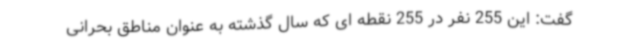
گفت: این 255 نفر در 255 نقطه ای که سال گذشته به عنوان مناطق بحرانی